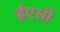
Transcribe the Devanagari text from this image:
ईएसी